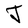
Character: J